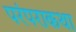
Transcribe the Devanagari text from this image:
परंपराकथा